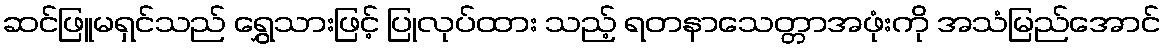
ဆင်ဖြူမရှင်သည် ရွှေသားဖြင့် ပြုလုပ်ထား သည့် ရတနာသေတ္တာအဖုံးကို အသံမြည်အောင်